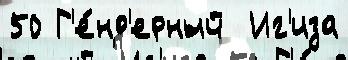
50 Г'е́нд'ерный  Иг'иза